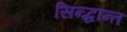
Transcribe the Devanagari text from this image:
सिन्द्धान्त